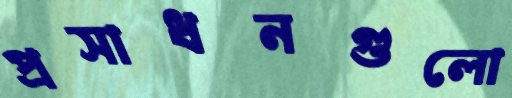
প্রসাধনগুলো